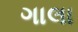
ગાલા